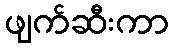
ဖျက်ဆီးကာ